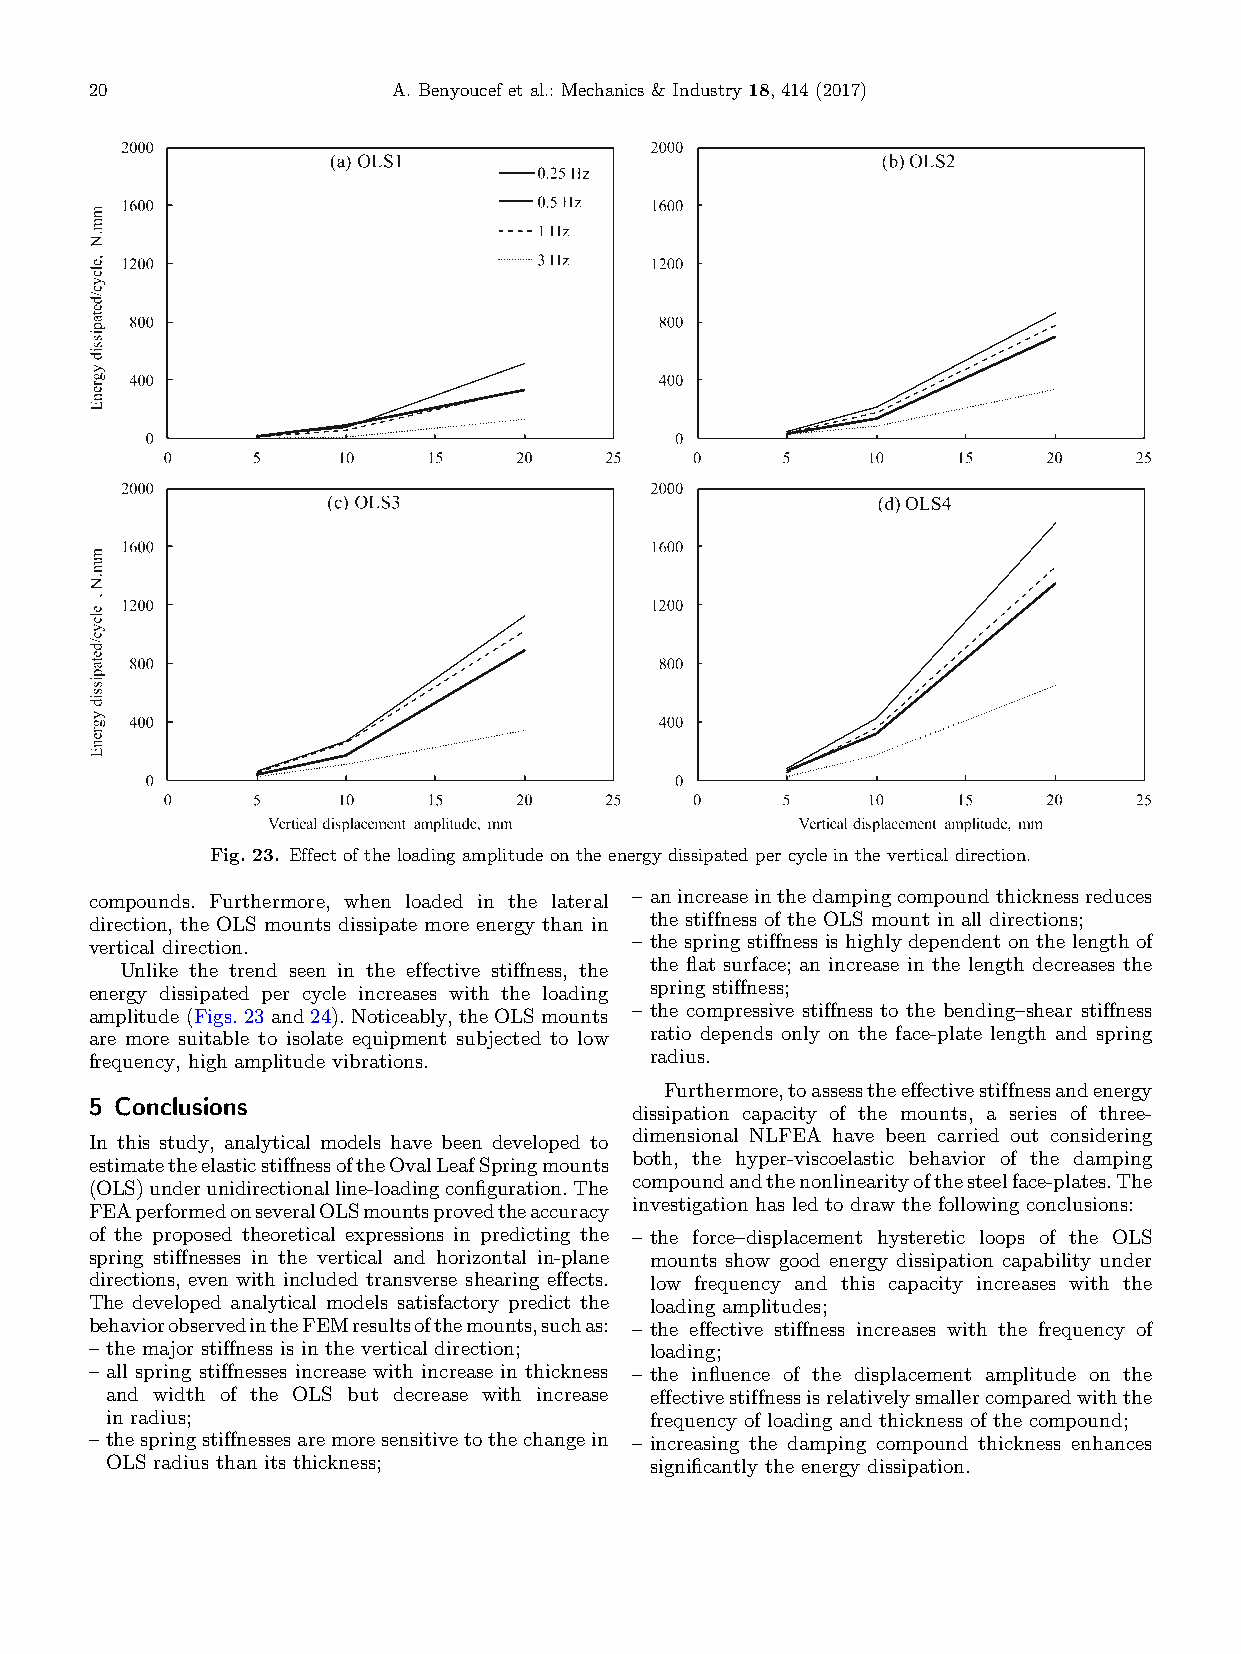
20                  A.Benyoucef etal.:Mechanics& Industry18,414(2017)
 Fig.23. Effectoftheloadingamplitudeon theenergydissipatedper cycleinthe verticaldirection.
 compounds. Furthermore, when loaded in the lateral – anincreaseinthedampingcompoundthicknessreduces
 direction, the OLS mounts dissipate more energy than in the stiffness of the OLS mount in all directions;
 vertical direction.                 – the spring stiffness is highly dependent on the length of
 Unlike the trend seen in the effective stiffness, the the flat surface; an increase in the length decreases the
 energy dissipated per cycle increases with the loading spring stiffness;
 amplitude(Figs.23and 24). Noticeably,theOLSmounts – the compressive stiffness to the bending–shear stiffness
 are more suitable to isolate equipment subjected to low ratio depends only on the face-plate length and spring
 frequency, high amplitude vibrations. radius.
 Furthermore,toassesstheeffectivestiffnessandenergy
 5 Conclusions
 dissipation capacity of the mounts, a series of three-
 dimensional NLFEA have been carried out considering
 In this study, analytical models have been developed to
 both, the hyper-viscoelastic behavior of the damping
 estimatetheelasticstiffnessoftheOvalLeafSpringmounts
 (OLS)underunidirectionalline-loadingconfiguration.The compoundandthenonlinearityofthesteelface-plates.The
 investigation has led to draw the following conclusions:
 FEAperformedonseveralOLSmountsprovedtheaccuracy
 of the proposed theoretical expressions in predicting the – the force–displacement hysteretic loops of the OLS
 spring stiffnesses in the vertical and horizontal in-plane mounts show good energy dissipation capability under
 directions, even with included transverse shearing effects. low frequency and this capacity increases with the
 The developed analytical models satisfactory predict the loading amplitudes;
 behaviorobservedintheFEMresultsofthemounts,suchas: – the effective stiffness increases with the frequency of
 – the major stiffness is in the vertical direction; loading;
 – all spring stiffnesses increase with increase in thickness – the influence of the displacement amplitude on the
 and width of the OLS but decrease with increase effectivestiffnessisrelativelysmallercomparedwiththe
 in radius;                          frequency of loading and thickness of the compound;
 – thespringstiffnessesaremoresensitivetothechangein – increasing the damping compound thickness enhances
 OLS radius than its thickness;      significantly the energy dissipation.